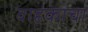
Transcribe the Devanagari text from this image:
वाहकाचा